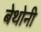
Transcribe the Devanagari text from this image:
बेथोनी